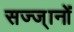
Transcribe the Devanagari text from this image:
सज्ज्ानों